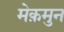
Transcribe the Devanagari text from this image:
मेक़मुन